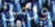
ورمي